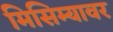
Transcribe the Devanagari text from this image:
मिसिम्यावर